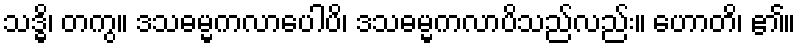
သဒ္ဓိ၊ တကွ။ ဒသဓမ္မကလာပေါပိ၊ ဒသဓမ္မကလာပိသည်လည်း။ ဟောတိ၊ ၏။